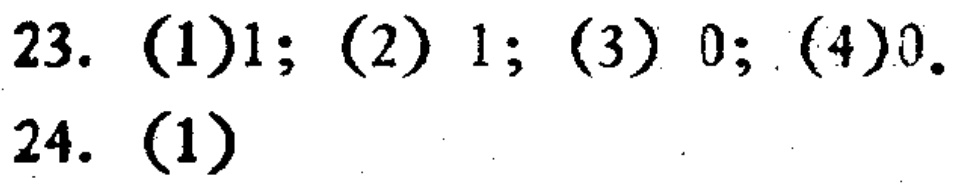
23. (1)$1$; (2) $1$; (3) $0$; (4)$0$.

24. (1)